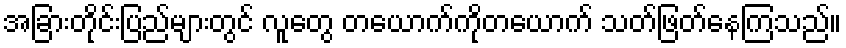
အခြားတိုင်းပြည်များတွင် လူတွေ တယောက်ကိုတယောက် သတ်ဖြတ်နေကြသည်။